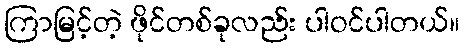
ကြာမြင့်တဲ့ ဖိုင်တစ်ခုလည်း ပါဝင်ပါတယ်။